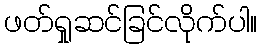
ဖတ်ရှုဆင်ခြင်လိုက်ပါ။